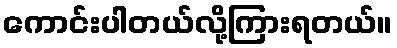
ကောင်းပါတယ်လို့ကြားရတယ်။